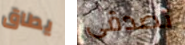
يطاق تصدقى